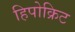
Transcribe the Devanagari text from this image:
हिपोक्रिट